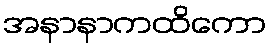
အနာနာကထိကော